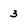
Character: 3